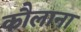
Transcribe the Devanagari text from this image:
कौलाना